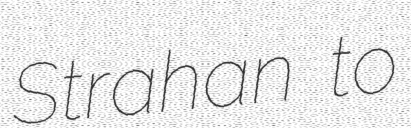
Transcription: Strahan to